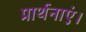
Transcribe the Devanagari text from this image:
प्रार्थनाएं।